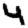
Digit: 4